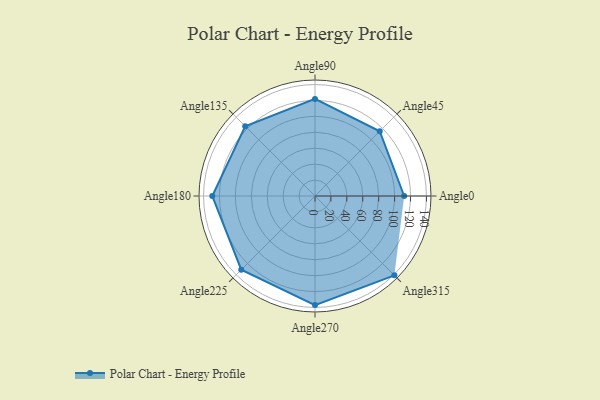
{"axis": {"x": "Angle", "y": "Radius"}, "legend": [""], "data": [{"x": "Angle0", "y": 112.0, "type": ""}, {"x": "Angle45", "y": 115.0, "type": ""}, {"x": "Angle90", "y": 122.0, "type": ""}, {"x": "Angle135", "y": 124.0, "type": ""}, {"x": "Angle180", "y": 129.0, "type": ""}, {"x": "Angle225", "y": 131.0, "type": ""}, {"x": "Angle270", "y": 137.0, "type": ""}, {"x": "Angle315", "y": 141.0, "type": ""}]}